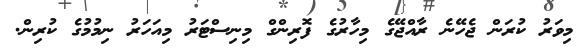
މިވަރު ކުރަން ޖެހޭނެ ރާއްޖޭގެ މިހާރުގެ ފޮރިންގް މިނިސްޓަރު މިއަހަރު ނިމުމުގެ ކުރިން.